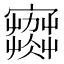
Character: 𡫾